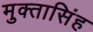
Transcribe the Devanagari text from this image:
मुक्तासिंह